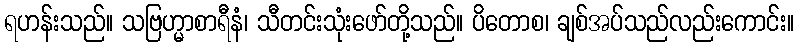
ရဟန်းသည်။ သဗြဟ္မာစာရီနံ၊ သီတင်းသုံးဖော်တို့သည်။ ပိတောစ၊ ချစ်အပ်သည်လည်းကောင်း။